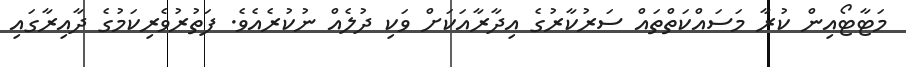
މަޓާޓޯއިން ކުރާ މަސައްކަތްތައް ސަރުކާރުގެ އިދާރާއަކަށް ވަކި ދުލެއް ނުކުރެއެވެ. ފަތުރުވެރިކަމުގެ ދާއިރާގައި